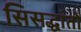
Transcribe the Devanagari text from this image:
सिसद्धांतों